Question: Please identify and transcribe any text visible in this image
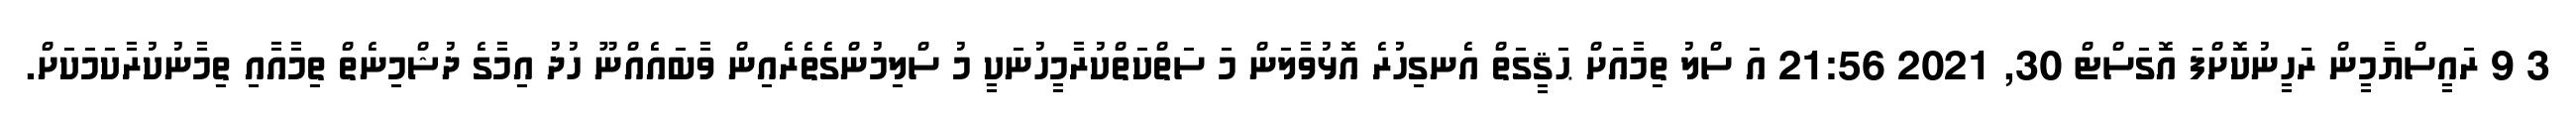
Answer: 3 9 ރައީސްޔާމީން ރަހީނުކޮށްފަ އޮގަސްޓް 30, 2021 21:56 އަ ސްލު ތިމާއަށް ޙަޤީގަތް އެނގިހުރެ އޮޅުވާލަން މަ ސަތްކަތްކުރާމީހުނަކީ މު ސްލިމުންގެތެރެއިން ވާބައެއްނޫ ހުދު އިމާގެ ދުޝްމިނެތް ތިމާއާއި ތިމާނުކުރާކަމަކަށް.